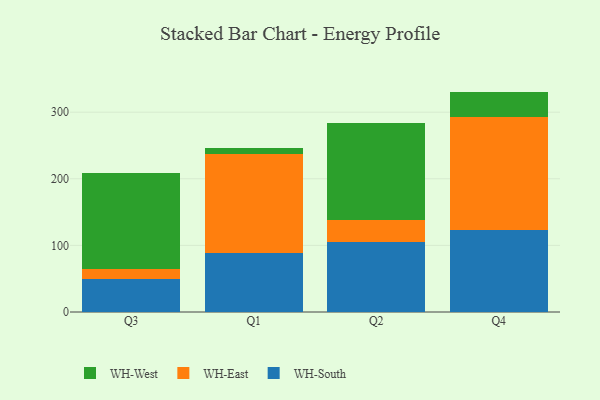
{"axis": {"x": "Quarter", "y": "Bounce Rate (%)"}, "legend": ["WH-East", "WH-South", "WH-West"], "data": [{"x": "Q3", "y": 49.2, "type": "WH-South"}, {"x": "Q3", "y": 14.9, "type": "WH-East"}, {"x": "Q3", "y": 144.4, "type": "WH-West"}, {"x": "Q1", "y": 88.1, "type": "WH-South"}, {"x": "Q1", "y": 149.7, "type": "WH-East"}, {"x": "Q1", "y": 8.5, "type": "WH-West"}, {"x": "Q2", "y": 104.6, "type": "WH-South"}, {"x": "Q2", "y": 33.6, "type": "WH-East"}, {"x": "Q2", "y": 145.2, "type": "WH-West"}, {"x": "Q4", "y": 123.4, "type": "WH-South"}, {"x": "Q4", "y": 168.8, "type": "WH-East"}, {"x": "Q4", "y": 38.7, "type": "WH-West"}]}